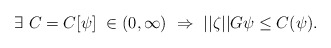
\begin{align*} \exists \ C = C[\psi] \ \in (0,\infty) \ \Rightarrow \ ||\zeta||G\psi \le C(\psi).\end{align*}